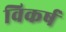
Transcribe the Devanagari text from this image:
विकर्ष